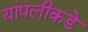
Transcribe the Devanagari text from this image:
यांपलीकडे